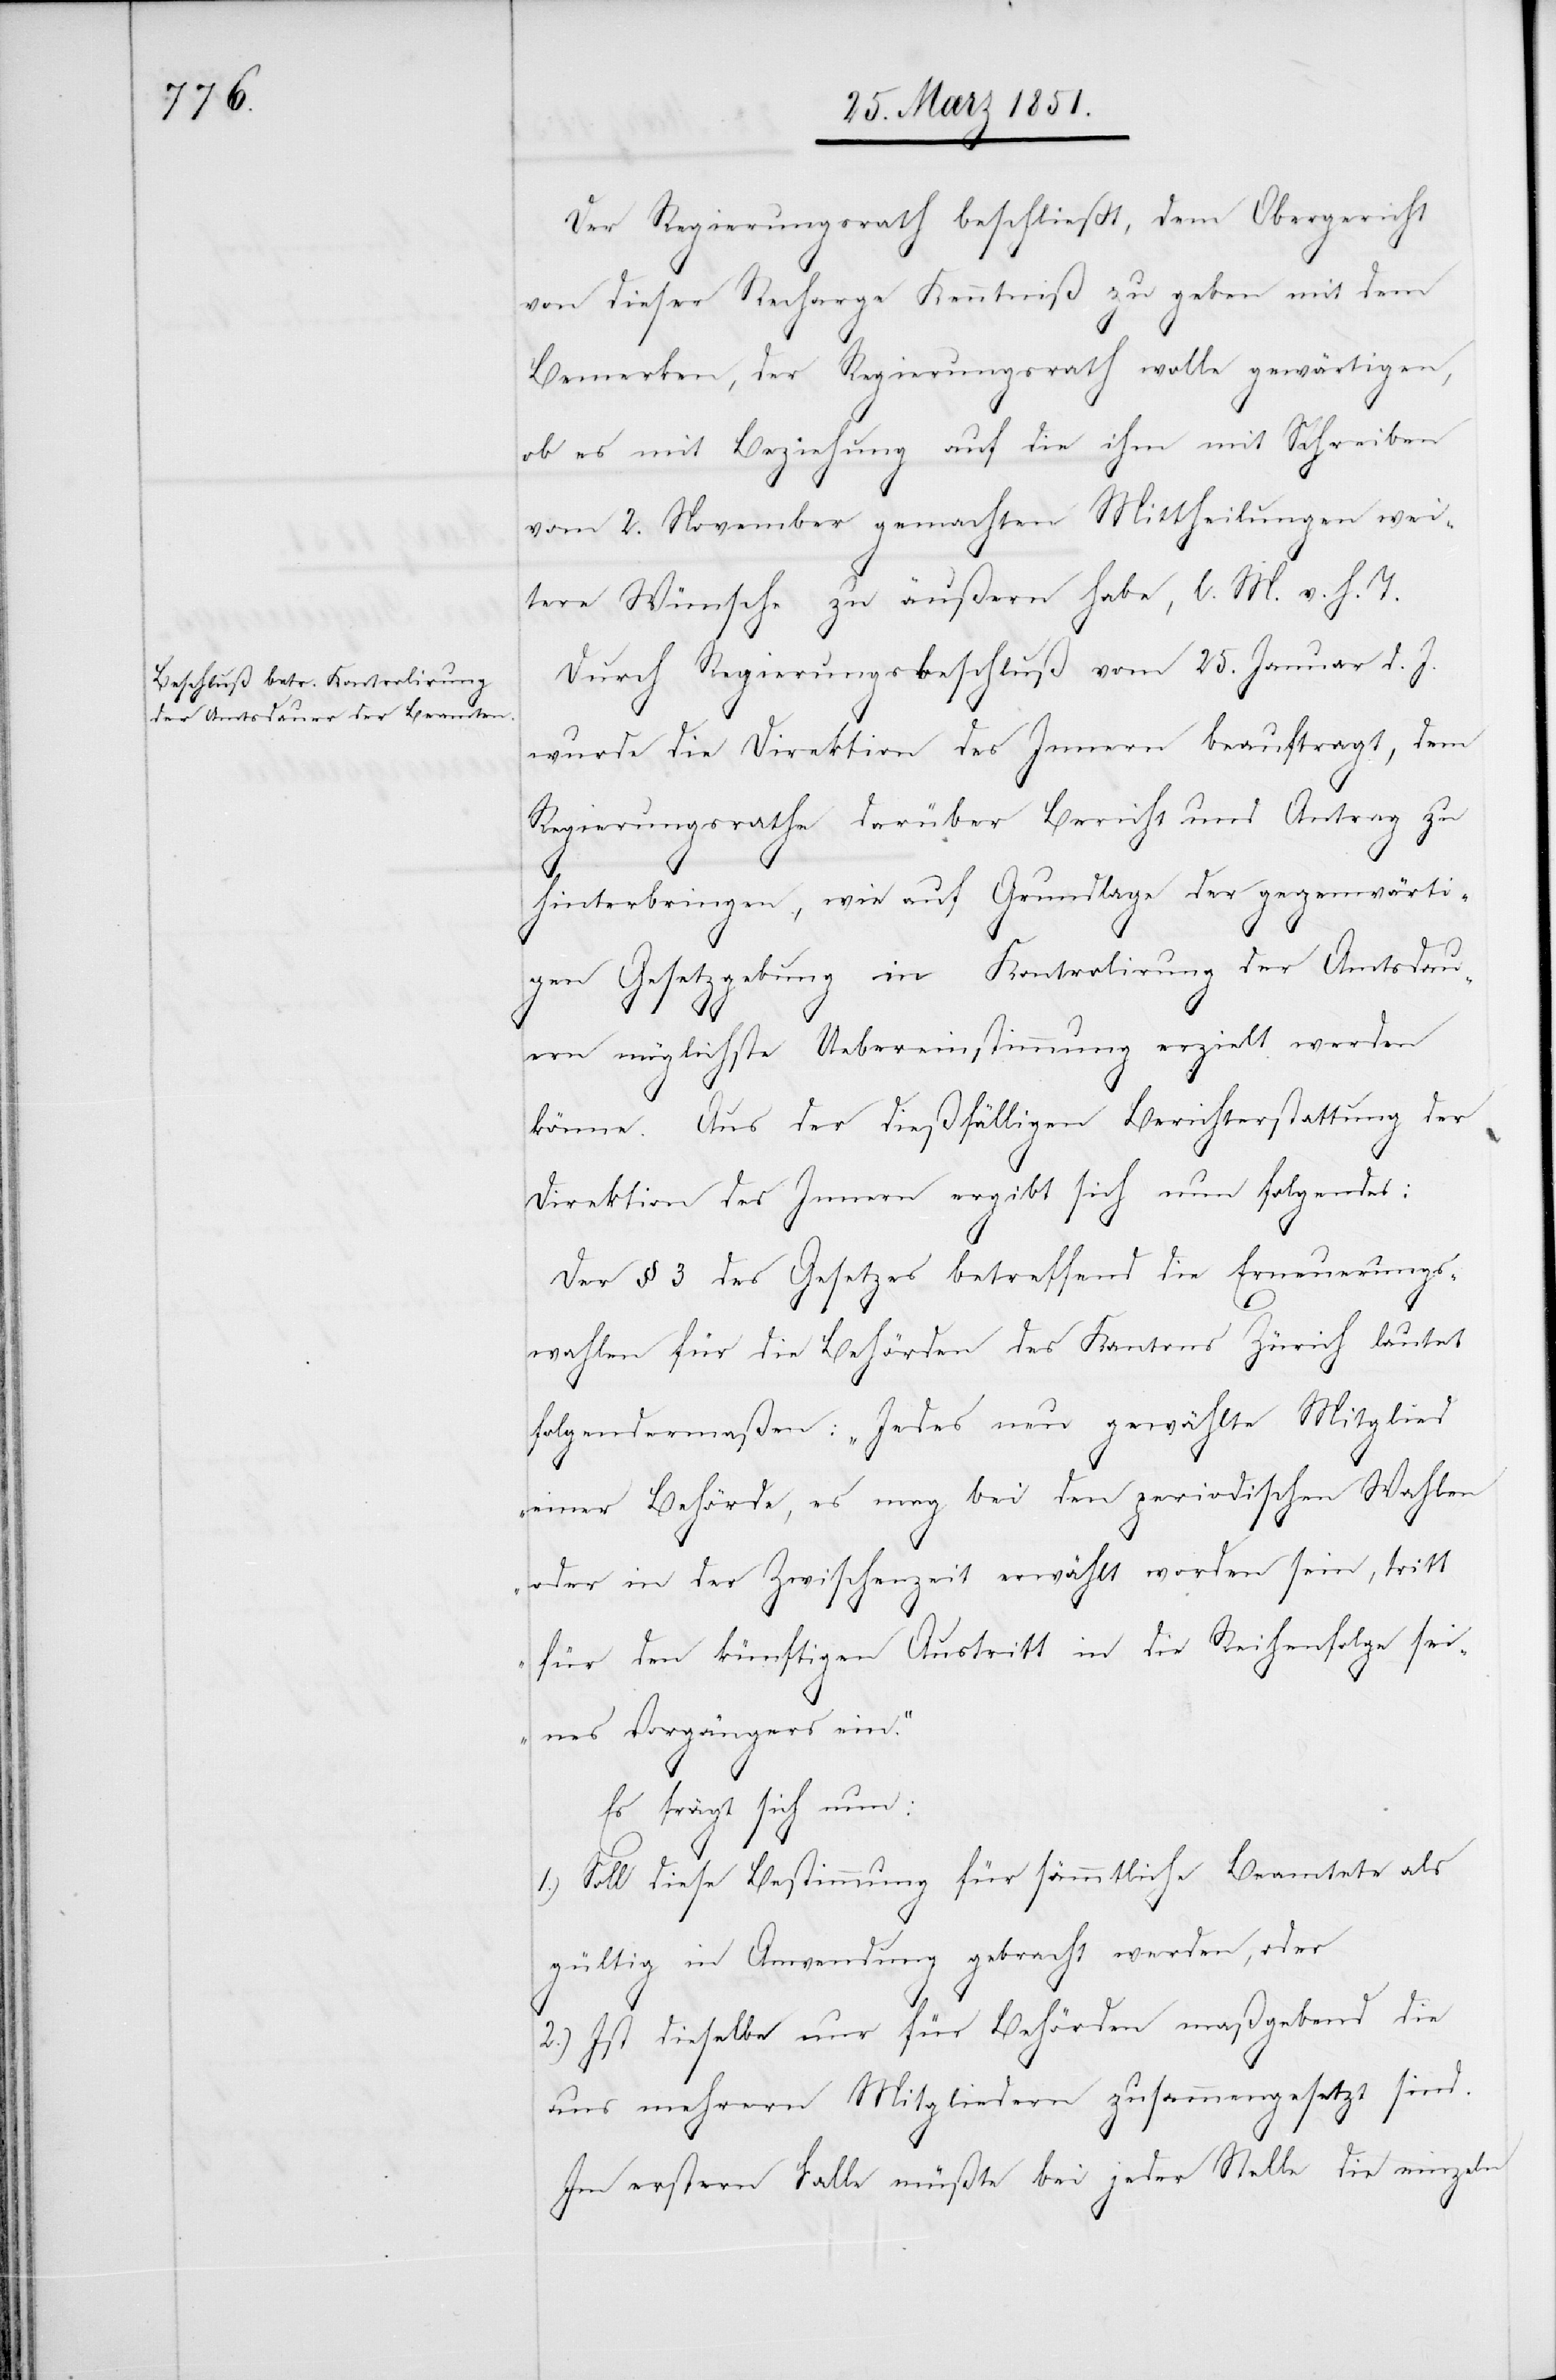
Der Regierungsrath beschließt, dem Obergericht
von dieser Recharge Kenntniß zu geben mit dem
Bemerken, der Regierungsrath wolle gewärtigen,
ob es mit Beziehung auf die ihm mit Schreiben
vom 2. November gemachten Mittheilungen wei¬
tere Wünsche zu äußern habe, l. M. v. h. T.
Durch Regierungsbeschluß vom 25. Januar d. J.
wurde die Direktion des Innern beauftragt, dem
Regierungsrathe darüber Bericht und Antrag zu
hinterbringen, wie auf Grundlage der gegenwärti¬
gen Gesetzgebung in Kontrolirung der Amtsdau¬
ern möglichste Uebereinstimmung erzielt werden
könne. Aus der dießfälligen Berichterstattung der
Direktion des Innern ergibt sich nun folgendes:
Der § 3 des Gesetzes betreffend die Erneuerungs¬
wahlen für die Behörden des Kantons Zürich lautet
folgendermaßen: „Jedes neu gewählte Mitglied
einer Behörde, es mag bei den periodischen Wahlen
oder in der Zwischenzeit erwählt worden sein, tritt
für den künftigen Austritt in die Reihenfolge sei¬
nes Vorgängers ein.“
Es frägt sich nun:
1.) Soll diese Bestimmung für sämmtliche Beamtete als
gültig in Anwendung gebracht werden, oder
2.) Ist dieselbe nur für Behörden maßgebend die
aus mehrern Mitgliedern zusammengesetzt sind.
Im erstern Falle müßte bei jeder Stelle die einzeln